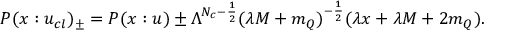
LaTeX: P ( x : u _ { c l } ) _ { \pm } = P ( x : u ) \pm \Lambda ^ { N _ { c } - \frac { 1 } { 2 } } { ( \lambda M + m _ { Q } ) } ^ { - \frac { 1 } { 2 } } ( \lambda x + \lambda M + 2 m _ { Q } ) .